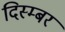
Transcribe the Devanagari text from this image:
दिस्म्बर